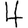
Digit: 4